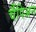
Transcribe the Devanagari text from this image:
चैंपिअन